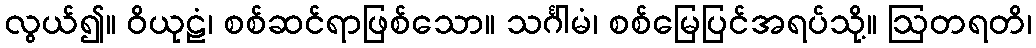
လွယ်၍။ ဝိယုဠံ၊ စစ်ဆင်ရာဖြစ်သော။ သင်္ဂါမံ၊ စစ်မြေပြင်အရပ်သို့။ ဩတရတိ၊